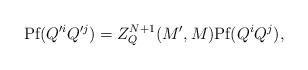
LaTeX: \begin{align*}\mbox{Pf} (Q'^{i} Q'^{j}) = Z_{Q}^{N+1}(M', M) \mbox{Pf} (Q^{i} Q^{j}),\end{align*}